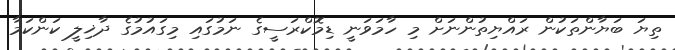
ތިޔަ ބަޔާންތަކުން ރައްޔިތުންނަށް މި ހާމަވަނީ ޑިމޮކްރަސީގެ ނަމުގައި މިގައުމުގެ ދާޚިލީ ކަންކަމާ